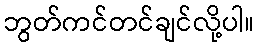
ဘွတ်ကင်တင်ချင်လို့ပါ။